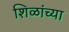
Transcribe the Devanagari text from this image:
शिळांच्या